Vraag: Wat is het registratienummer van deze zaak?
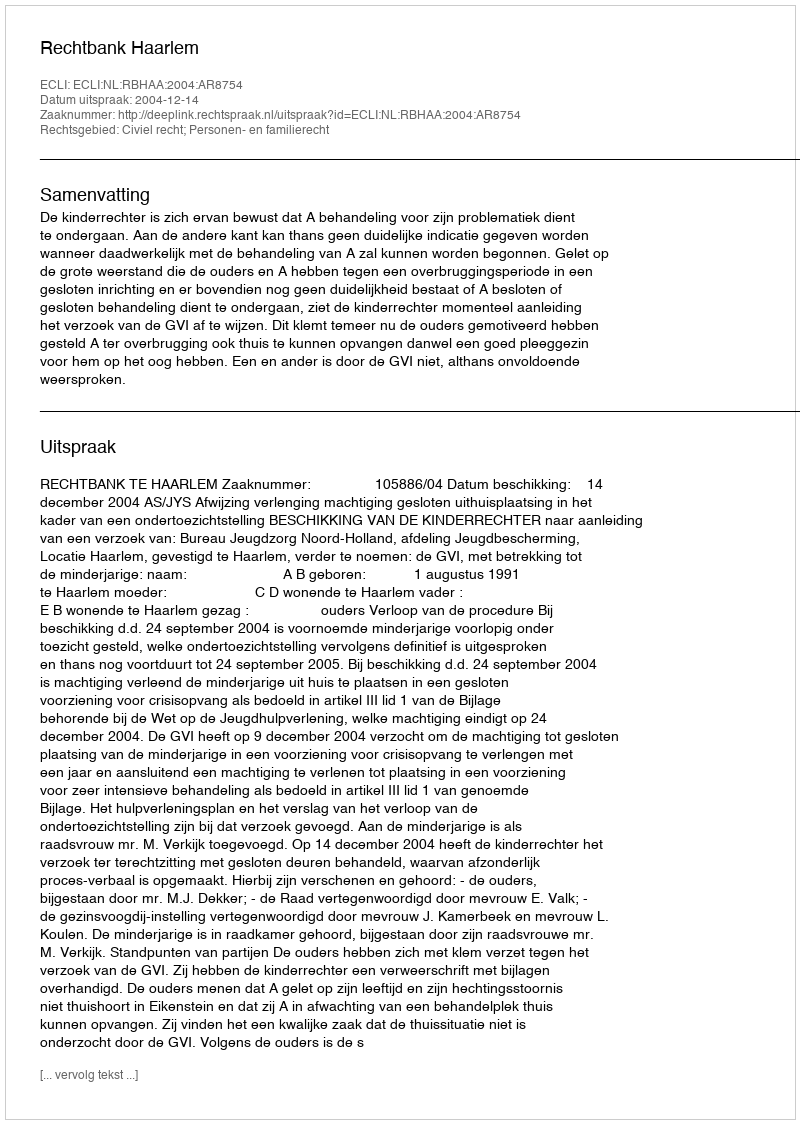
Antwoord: http://deeplink.rechtspraak.nl/uitspraak?id=ECLI:NL:RBHAA:2004:AR8754